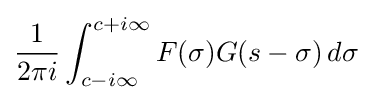
{\frac {1}{2\pi i}}\int _{c-i\infty }^{c+i\infty }F(\sigma )G(s-\sigma )\,d\sigma \